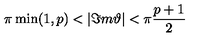
\pi \min ( 1 , p ) < | \Im m \vartheta | < \pi \frac { p + 1 } { 2 }